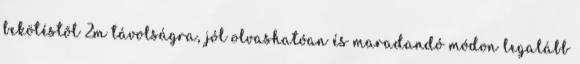
bekötéstõl 2m távolságra, jól olvashatóan és maradandó módon legalább